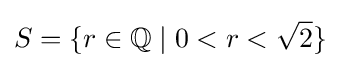
S=\{r\in \mathbb {Q} \mid 0<r<{\sqrt {2}}\}